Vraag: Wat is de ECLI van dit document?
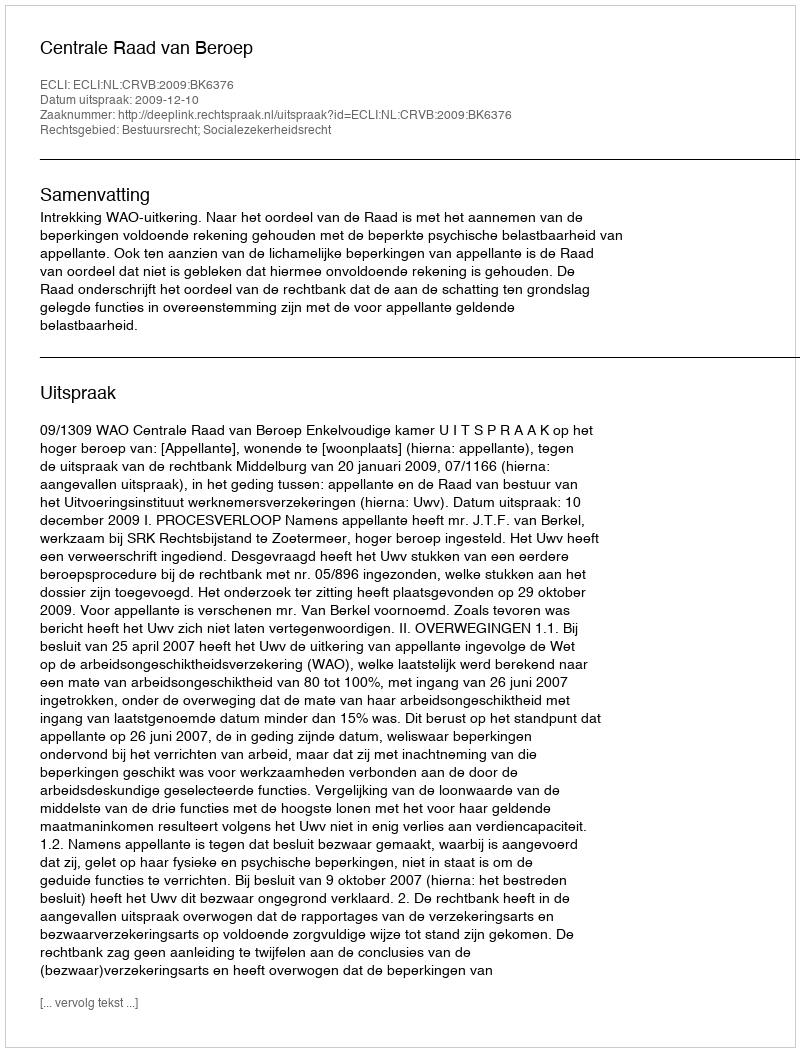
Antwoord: ECLI:NL:CRVB:2009:BK6376